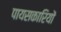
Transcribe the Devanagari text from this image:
पायसकारियों